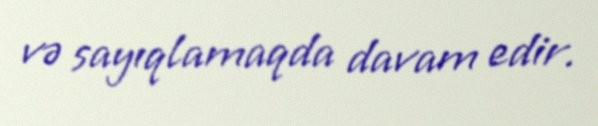
və sayıqlamaqda davam edir.